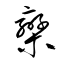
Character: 欒